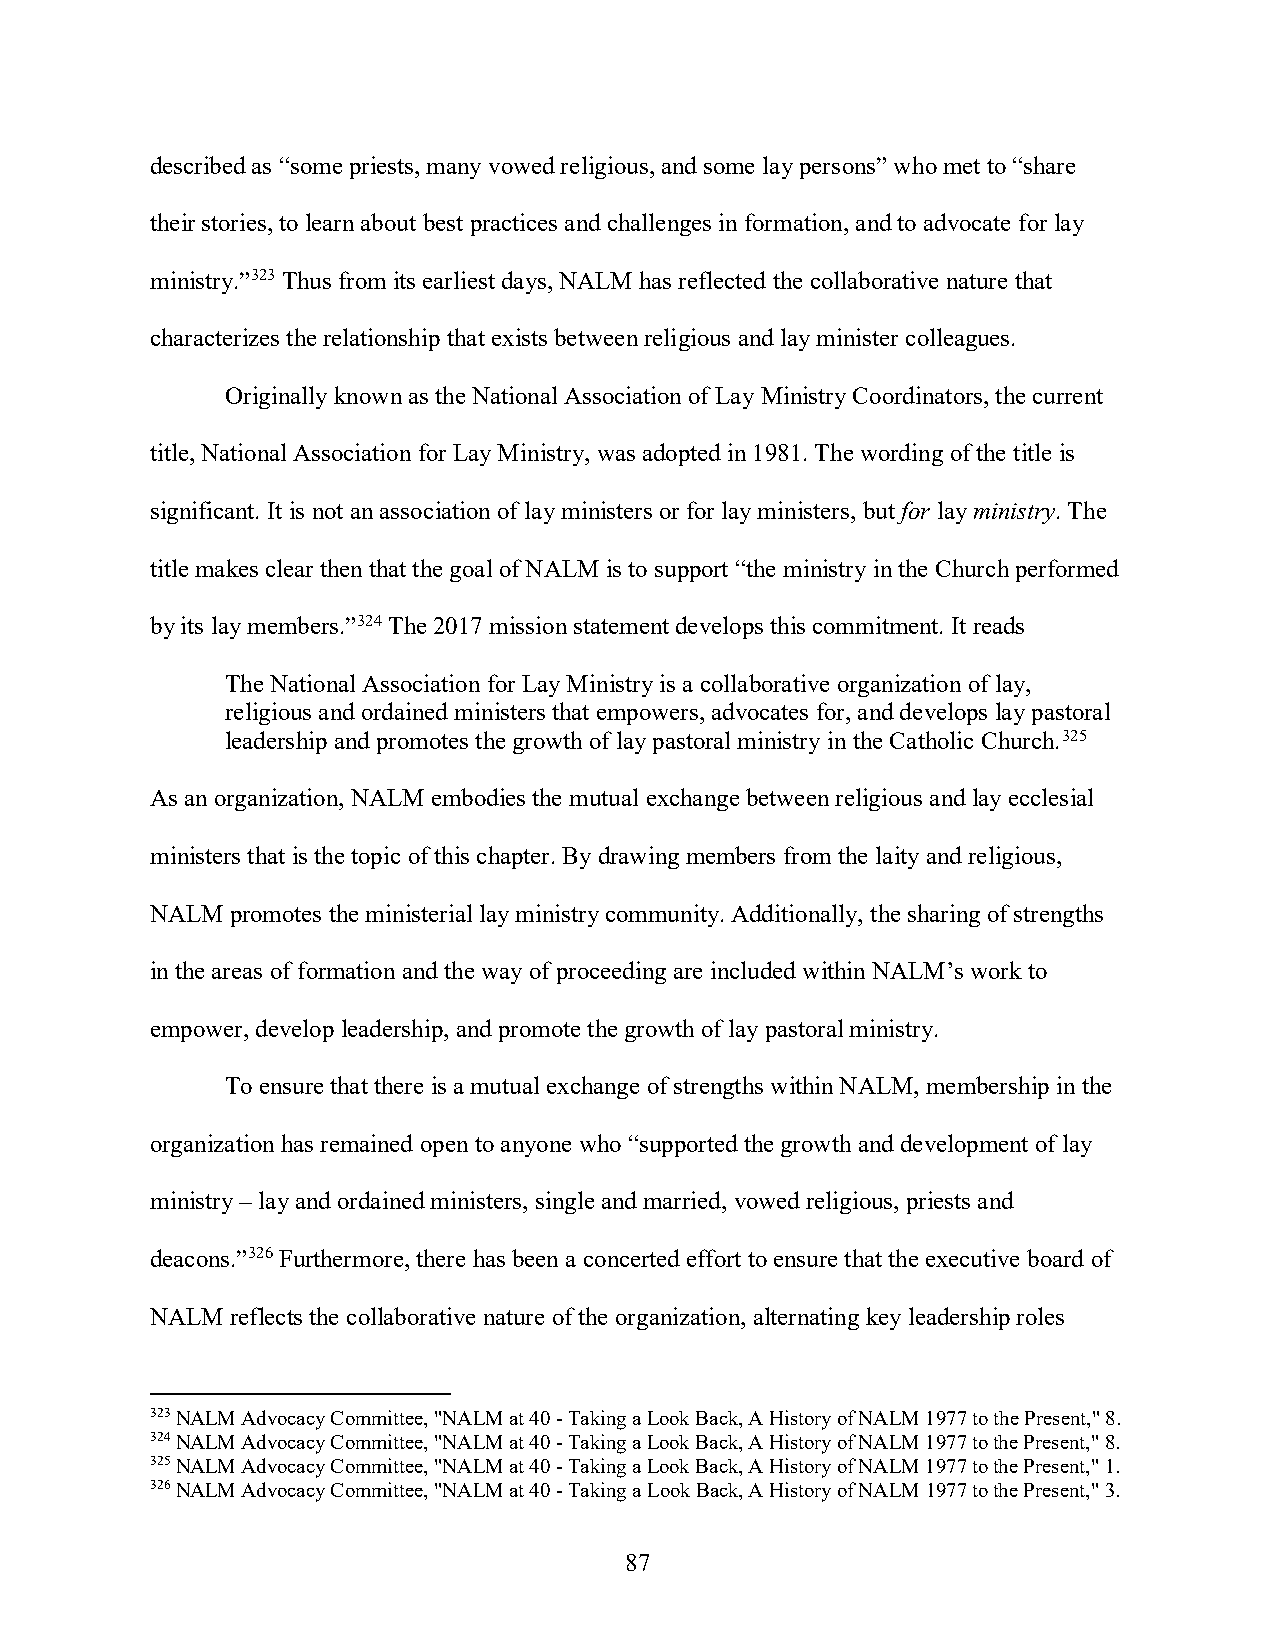
described as “some priests, many vowed religious, and some lay persons” who met to “share
 their stories, to learn about best practices and challenges in formation, and to advocate for lay
 ministry.”323 Thus from its earliest days, NALM has reflected the collaborative nature that
 characterizes the relationship that exists between religious and lay minister colleagues.
 Originally known as the National Association of Lay Ministry Coordinators, the current
 title, National Association for Lay Ministry, was adopted in 1981. The wording of the title is
 significant. It is not an association of lay ministers or for lay ministers, but for lay ministry. The
 title makes clear then that the goal of NALM is to support “the ministry in the Church performed
 by its lay members.”324 The 2017 mission statement develops this commitment. It reads
 The National Association for Lay Ministry is a collaborative organization of lay,
 religious and ordained ministers that empowers, advocates for, and develops lay pastoral
 leadership and promotes the growth of lay pastoral ministry in the Catholic Church.325
 As an organization, NALM embodies the mutual exchange between religious and lay ecclesial
 ministers that is the topic of this chapter. By drawing members from the laity and religious,
 NALM promotes the ministerial lay ministry community. Additionally, the sharing of strengths
 in the areas of formation and the way of proceeding are included within NALM’s work to
 empower, develop leadership, and promote the growth of lay pastoral ministry.
 To ensure that there is a mutual exchange of strengths within NALM, membership in the
 organization has remained open to anyone who “supported the growth and development of lay
 ministry – lay and ordained ministers, single and married, vowed religious, priests and
 deacons.”326 Furthermore, there has been a concerted effort to ensure that the executive board of
 NALM reflects the collaborative nature of the organization, alternating key leadership roles
 323 NALM Advocacy Committee, "NALM at 40 - Taking a Look Back, A History of NALM 1977 to the Present," 8.
 324 NALM Advocacy Committee, "NALM at 40 - Taking a Look Back, A History of NALM 1977 to the Present," 8.
 325 NALM Advocacy Committee, "NALM at 40 - Taking a Look Back, A History of NALM 1977 to the Present," 1.
 326 NALM Advocacy Committee, "NALM at 40 - Taking a Look Back, A History of NALM 1977 to the Present," 3.
 87